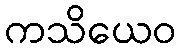
ကသိယေဝ